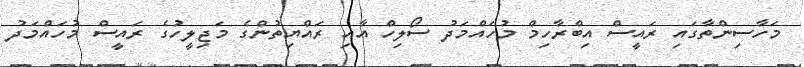
މަހާސިންތާގައި ރައީސް އިބްރާހިމް މުހައްމަދު ސޯލިހް އާއި ރައްޔިތުންގެ މަޖިލީހުގެ ރައީސް މުހައްމަދު